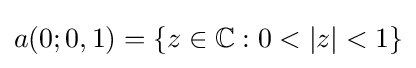
a(0;0,1)=\{z\in \mathbb {C} :0<|z|<1\}